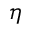
\eta